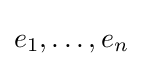
e_{1},\dots ,e_{n}